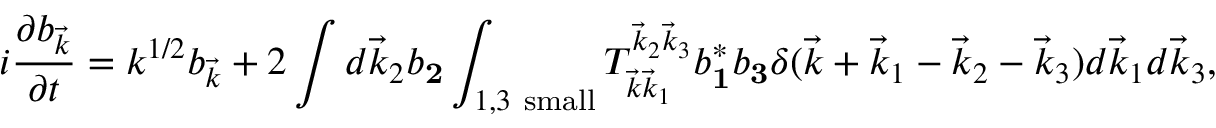
i \frac { \partial b _ { \vec { k } } } { \partial t } = k ^ { 1 / 2 } b _ { \vec { k } } + 2 \int d \vec { k } _ { 2 } b _ { \mathbf 2 } \int _ { 1 , 3 \mathrm { ~ s m a l l } } T _ { \vec { k } \vec { k } _ { 1 } } ^ { \vec { k } _ { 2 } \vec { k } _ { 3 } } b _ { \mathbf 1 } ^ { * } b _ { \mathbf 3 } \delta ( \vec { k } + \vec { k } _ { 1 } - \vec { k } _ { 2 } - \vec { k } _ { 3 } ) d \vec { k } _ { 1 } d \vec { k } _ { 3 } ,